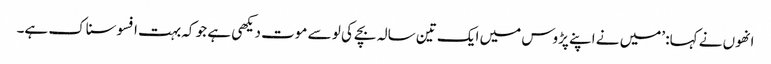
انھوں نے کہا: ’میں نے اپنے پڑوس میں ایک تین سالہ بچے کی لو سے موت دیکھی ہے جو کہ بہت افسوسناک ہے۔